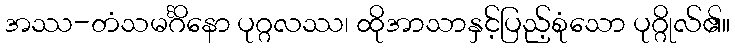
အဿ-တံသမင်္ဂိနော ပုဂ္ဂလဿ၊ ထိုအာသာနှင့်ပြည့်စုံသော ပုဂ္ဂိုလ်၏။